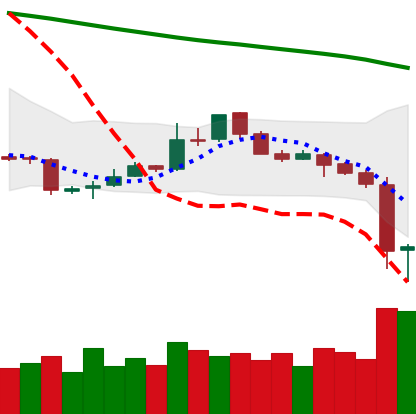
Ticker: LTC-USD
Chart end date: 2018-11-15
Forward return: -24.811%
Label: down_7plus